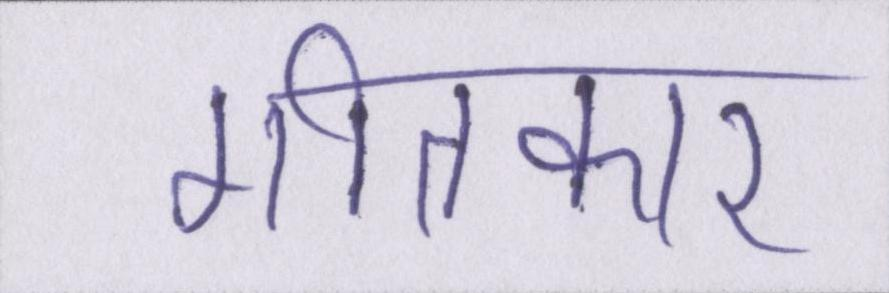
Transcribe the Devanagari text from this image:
गीतकार